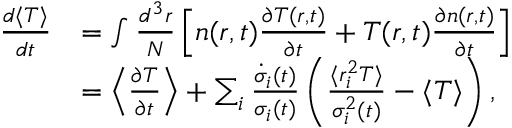
\begin{array} { r l } { \frac { d \langle T \rangle } { d t } } & { = \int \frac { d ^ { 3 } r } { N } \left[ n ( \boldsymbol { r } , t ) \frac { \partial T ( \boldsymbol { r } , t ) } { \partial t } + T ( \boldsymbol { r } , t ) \frac { \partial n ( \boldsymbol { r } , t ) } { \partial t } \right] } \\ & { = \left\langle \frac { \partial T } { \partial t } \right\rangle + \sum _ { i } \frac { \dot { \sigma } _ { i } ( t ) } { \sigma _ { i } ( t ) } \left( \frac { \langle r _ { i } ^ { 2 } T \rangle } { \sigma _ { i } ^ { 2 } ( t ) } - \langle T \rangle \right) , } \end{array}